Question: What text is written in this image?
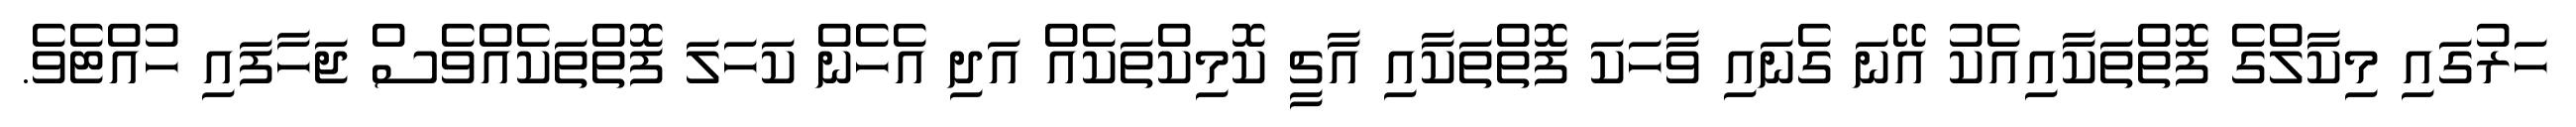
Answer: ހަރުގައި މިކާލްގެ ފޮތްތަކާއިއެކު އޭނަ ގެނައި ވާހަކަ ފޮތްތަކާއި އާޗީ ކޮމިކްތަކެއް އަދި އެހެން ކަހަލަ ފޮތްތަކެއްވެސް ޖަހާފައި ހުއްޓެވެ.